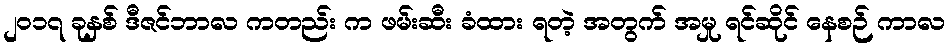
၂၀၁၇ ခုနှစ် ဒီဇင်ဘာလ ကတည်း က ဖမ်းဆီး ခံထား ရတဲ့ အတွက် အမှု ရင်ဆိုင် နေစဉ် ကာလ